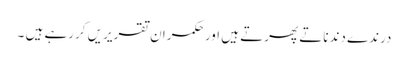
درندے دندناتے پھرتے ہیں اور حکمران تقریریں کررہے ہیں ۔